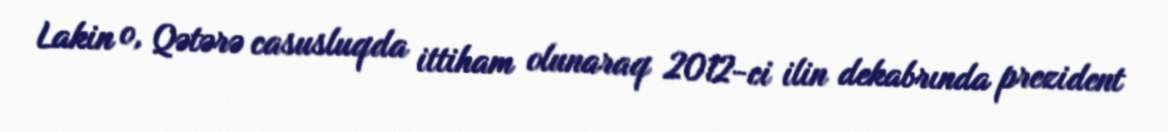
Lakin o, Qətərə casusluqda ittiham olunaraq 2012-ci ilin dekabrında prezident